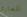
المارة